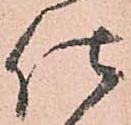
仕